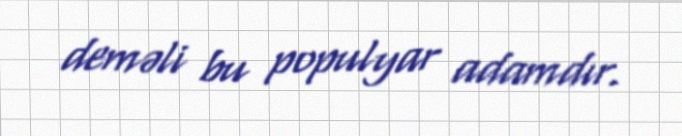
deməli bu populyar adamdır.